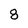
Character: 8